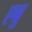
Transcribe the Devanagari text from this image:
एब्रु